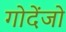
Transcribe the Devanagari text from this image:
गोदेंजो